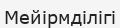
Мейірмділігі